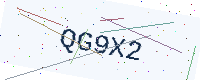
Text: QG9X2